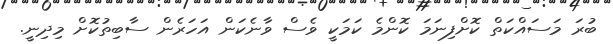
ބުރަ މަސައްކަތް ކޮށްފިނަމަ ކޮންމެ ކަމަކީ ވެސް ވާނެކަން އަހަރެން ސާބިތުކޮށް މިދިނީ.